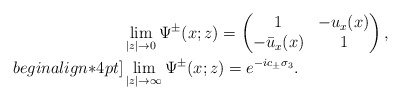
\begin{align*}&\lim _{|z| \rightarrow 0} \Psi^{\pm}(x;z) =\begin{pmatrix}1 &-u_x(x)\\-\bar{u}_x(x)&1\end{pmatrix},\\begin{align*}4pt]&\lim_{|z| \rightarrow \infty}\Psi^{\pm}(x;z)=e^{-ic_\pm\sigma_3}.\end{align*}